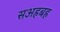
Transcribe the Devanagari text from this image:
सअहबह